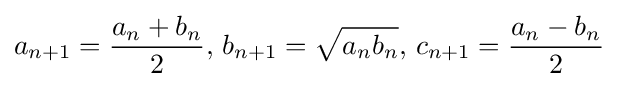
a_{n+1}={\frac {a_{n}+b_{n}}{2}},\,b_{n+1}={\sqrt {a_{n}b_{n}}},\,c_{n+1}={\frac {a_{n}-b_{n}}{2}}